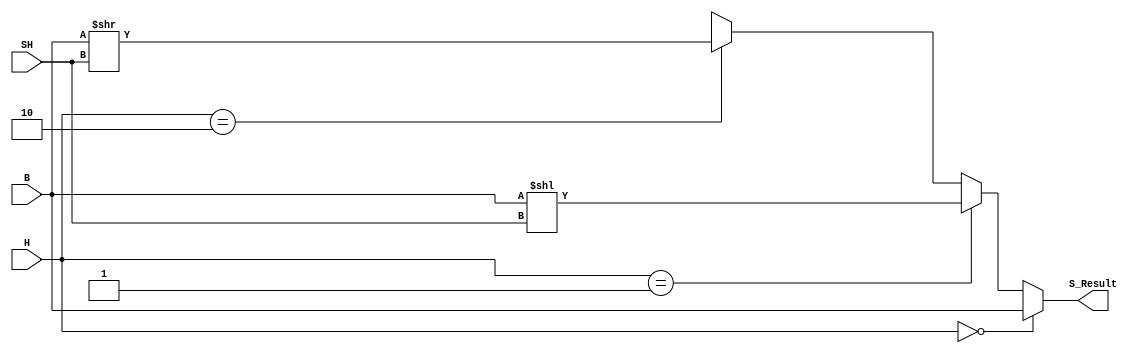
`timescale 1ns / 1ps
//////////////////////////////////////////////////////////////////////////////////
// Company: 
// Engineer: 
// 
// Design Name: 
// Module Name:    Shifter 
// Project Name: 
// Target Devices: 
// Tool versions: 
// Description: 
//
// Dependencies: 
//
// Revision: 
// Revision 0.01 - File Created
// Additional Comments: 
//
//////////////////////////////////////////////////////////////////////////////////
module Shifter(
	 H,
	 B,
	 SH,
    S_Result
    );

parameter word_Size = 32;

input  [1:0] H;
input  [word_Size - 1:0] B;
input  [4:0] SH;
output [word_Size - 1:0] S_Result;

assign S_Result = (H == 2'b00) ? B 		  :
						(H == 2'b01) ? B << SH :
						(H == 2'b10) ? B >> SH : {word_Size{1'bx}};
endmodule